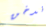
ندخن